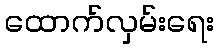
ထောက်လှမ်းရေး